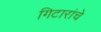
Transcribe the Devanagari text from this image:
गिटारांचे